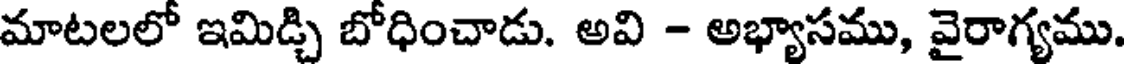
మాటలలో ఇమిడ్చి బోధించాడు. అవి - అభ్యాసము, వైరాగ్యము.